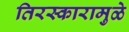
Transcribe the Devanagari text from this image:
तिरस्कारामुळे